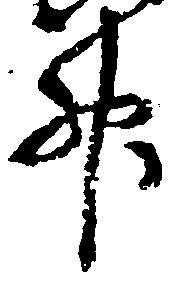
升